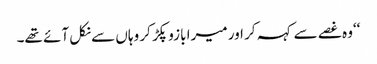
‘‘وہ غصے سے کہہ کر اور میرا بازو پکڑ کر وہاں سے نکل آئے تھے۔